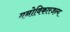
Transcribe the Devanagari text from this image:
मनोविकारजन्य